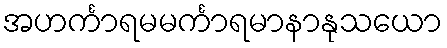
အဟင်္ကာရမမင်္ကာရမာနာနုသယော